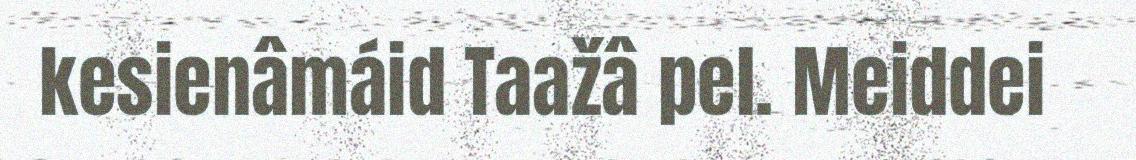
kesienâmáid Taažâ pel. Meiddei